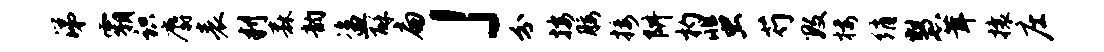
涕霸识麝表判森韵盗酥扁」分按腰接阱杓蜚芍数楼绡慧茸攘庄